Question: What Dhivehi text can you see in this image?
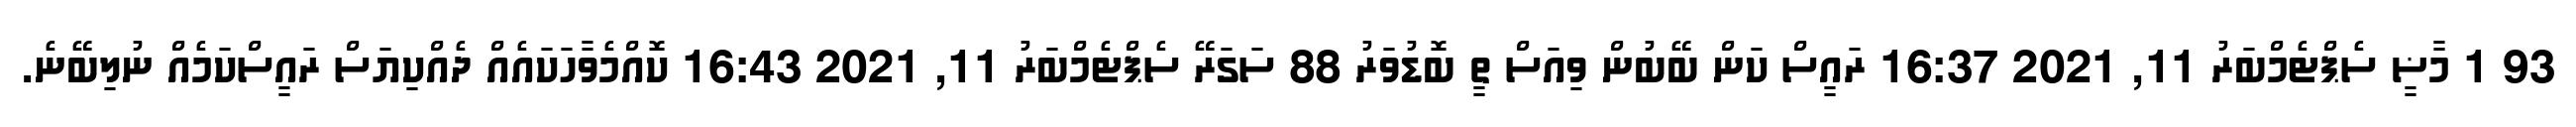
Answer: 93 1 މާޟީ ސެޕްޓެމްބަރު 11, 2021 16:37 ރައީސް ކަން ބޭބުން ވިއަސް ތީ ބޮޑުވަރު 88 ސަގަރޭ ސެޕްޓެމްބަރު 11, 2021 16:43 ކޮއްމެވާހަކައެއް ދެއްކިޔަސް ރައީސްކަމެއް ނުލިބޭނެ.